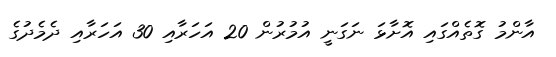
އާންމު ގޮތެއްގައި އޮށާޅަ ނަގަނީ އުމުރުން 20 އަހަރާއި 30 އަހަރާއި ދެމެދުގެ